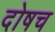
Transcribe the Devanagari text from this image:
दोषच